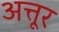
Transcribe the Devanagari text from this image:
अत्तूर